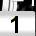
Digit: 1